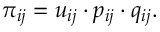
\pi _ { i j } = u _ { i j } \cdot p _ { i j } \cdot q _ { i j } .